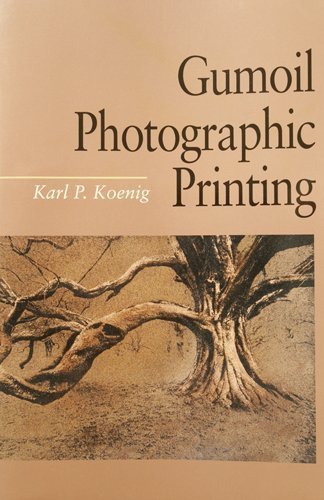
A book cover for Gumoil Photographic Printing; Karl Koenig; Arts & Photography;